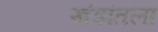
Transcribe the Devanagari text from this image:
खंडांतला